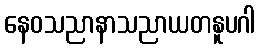
နေဝသညာနာသညာယတနူပဂါ